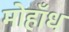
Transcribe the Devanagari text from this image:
मोहाँध